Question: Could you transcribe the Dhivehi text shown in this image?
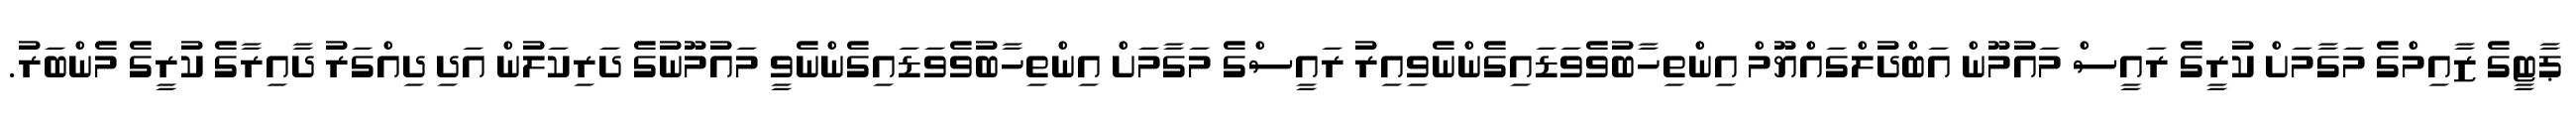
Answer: ޕާޓީގެ ޒާއިމްގެ މަގާމަށް ކުރީގެ ރައީސް މައުމޫން އަބްދުލްގައްޔޫމް އިންތިހާބުވެވަޑައިގެންނެވިއިރު ރައީސްގެ މަގާމަށް އިންތިހާބުވެވަޑައިގެންނެވީ މައުމޫނުގެ ދަރިކަލުން އަދި ދިއްގަރު ދާއިރާގެ ކުރީގެ މެންބަރު.